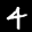
Digit: 4